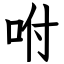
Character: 咐